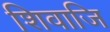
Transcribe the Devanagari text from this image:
शिवाजि